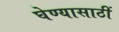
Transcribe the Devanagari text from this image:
घेण्यासाठीं